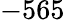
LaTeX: -565